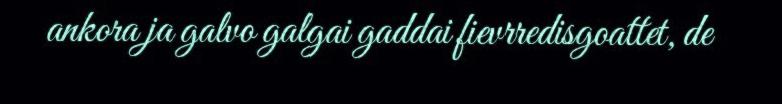
ankora ja galvo galgai gaddai fievrredisgoattet, de